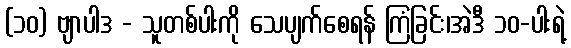
(၁၀) ဗျာပါဒ - သူတစ်ပါးကို သေပျက်စေရန် ကြံခြင်း၊အဲဒီ ၁၀-ပါးရဲ့